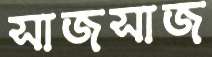
সাজসাজ